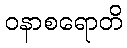
ဝနာစရောတိ